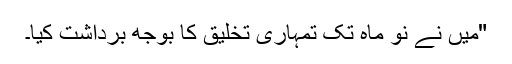
"میں نے نو ماہ تک تمہاری تخلیق کا بوجھ برداشت کیا۔